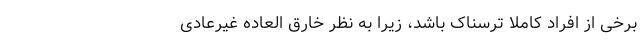
برخی از افراد کاملاً ترسناک باشد، زیرا به نظر خارق العاده غیرعادی